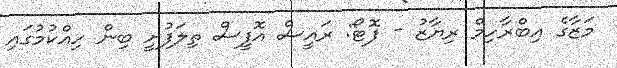
މަޒާގެ އިބްރާހިމް ރިޔާޒު - ފޮޓޯ: ރައީސް އޮފީސް ތިލަފުށީ ބިން ހިއްކުމުގައި